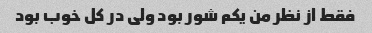
فقط از نظر من یکم شور بود ولی در کل خوب بود